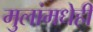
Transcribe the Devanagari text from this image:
मुलांमधेही